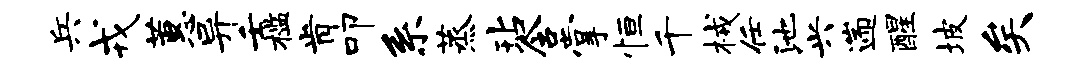
兵戎蕙异壬槛肯叩系蒸玷含掌恒千械任池兴遄醒坡矣